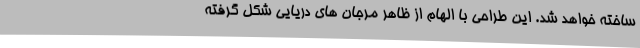
ساخته خواهد شد. این طراحی با الهام از ظاهر مرجان های دریایی شکل گرفته